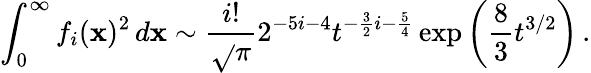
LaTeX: \int_{0}^{\infty}f_{i}(\mathbf{x})^{2}\, d\mathbf{x}\sim{\frac{{i!}}{{\sqrt{}{\pi}}}}2^{-5i-4}t^{-{\frac{{3}}{{2}}}i-{\frac{{5}}{{4}}}}\exp\left({\frac{{8}}{{3}}}t^{3/2}\right)\, .